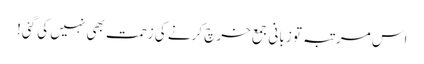
اس مرتبہ تو زبانی جمع خرچ کرنے کی زحمت بھی نہیں کی گئی!